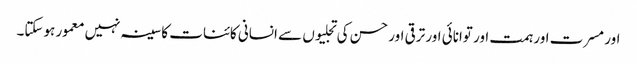
اور مسرت اور ہمت اور توانائی اور ترقی اور حسن کی تجلیوں سے انسانی کائنات کا سینہ نہیں معمور ہوسکتا۔